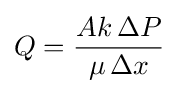
Q={\frac {Ak\,\Delta P}{\mu \,\Delta x}}